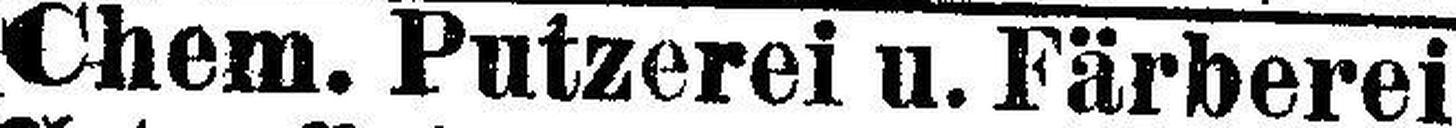
Chem. Putzerei u. Färberei